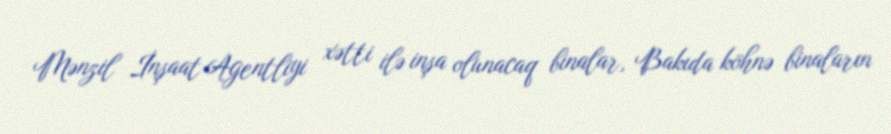
Mənzil İnşaat Agentliyi xətti ilə inşa olunacaq binalar, Bakıda köhnə binaların